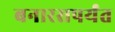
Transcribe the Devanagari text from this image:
बनारसपर्यंत